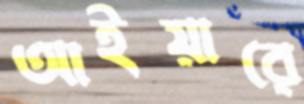
আইয়ারে